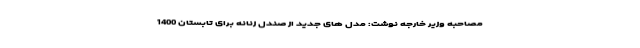
مصاحبه وزیر خارجه نوشت: مدل های جدید از صندل زنانه برای تابستان 1400